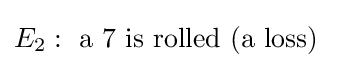
E_{2}:{\text{ a 7 is rolled (a loss) }}